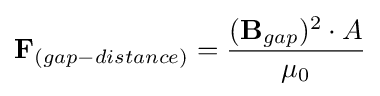
\mathbf {F} _{(gap-distance)}={\frac {(\mathbf {B} _{gap})^{2}\cdot A}{\mu _{0}}}